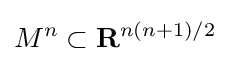
M^{n}\subset \mathbf {R} ^{n(n+1)/2}